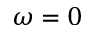
\omega = 0